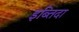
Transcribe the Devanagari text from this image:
इब्तिदा